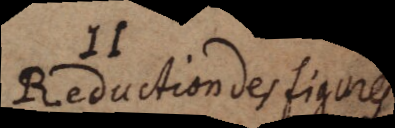
II. Reduction des figures